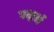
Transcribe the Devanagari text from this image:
पदार्ध